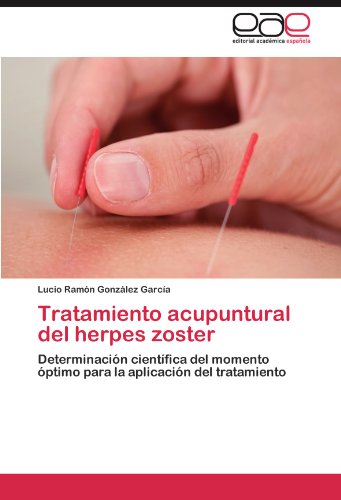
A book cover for Tratamiento acupuntural del herpes zoster: DeterminaciÃ³n cientÃ­fica del momento Ã³ptimo para la aplicaciÃ³n del tratamiento (Spanish Edition); Lucio RamÃ³n GonzÃ¡lez GarcÃ­a; Health, Fitness & Dieting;